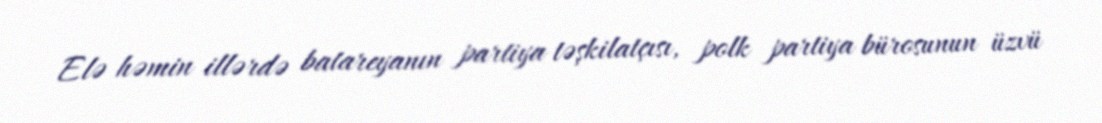
Elə həmin illərdə batareyanın partiya təşkilatçısı, polk partiya bürosunun üzvü